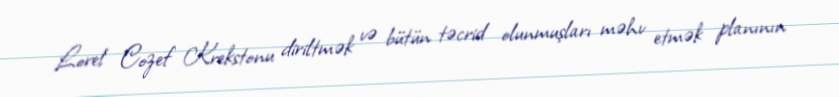
Lorel Cozef Krekstonu diriltmək və bütün təcrid olunmuşları məhv etmək planının